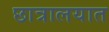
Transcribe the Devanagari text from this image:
छात्रालयात